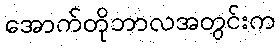
အောက်တိုဘာလအတွင်းက